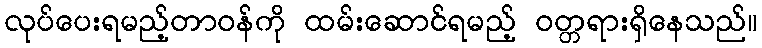
လုပ်ပေးရမည့်တာဝန်ကို ထမ်းဆောင်ရမည့် ဝတ္တရားရှိနေသည်။